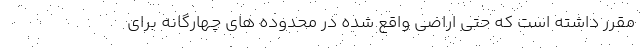
مقرر داشته است که حتی اراضی واقع شده در محدوده های چهارگانه برای